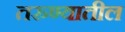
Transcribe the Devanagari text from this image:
तरुण्यातील